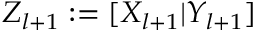
Z _ { l + 1 } : = [ X _ { l + 1 } | Y _ { l + 1 } ]